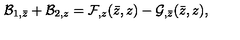
{ \cal B } _ { 1 , \bar { z } } + { \cal B } _ { 2 , z } = { \cal F } _ { , z } ( \bar { z } , z ) - { \cal G } _ { , \bar { z } } ( \bar { z } , z ) ,